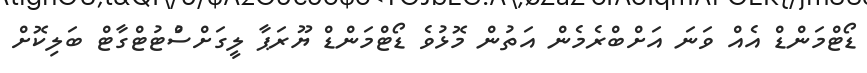
ޑޯޓްމަންޑް އެއް ވަނަ އަށްބްރެމެން އަތުން މޮޅުވެ ޑޯޓްމަންޑް ޔޫރަޕާާ ލީގަށްސްުޓުޓްގާޓް ބަލިކޮށް